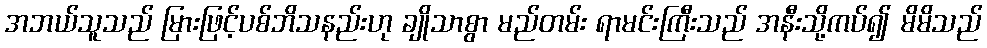
အဘယ်သူသည် မြားဖြင့်ပစ်ဘိသနည်းဟု ချိုသာစွာ မည်တမ်း ရာမင်းကြီးသည် အနီးသို့ကပ်၍ မိမိသည်